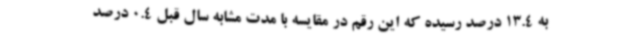
به 13.4 درصد رسیده که این رقم در مقایسه با مدت مشابه سال قبل 0.4 درصد